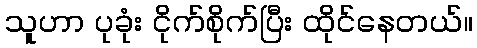
သူဟာ ပုခုံး ငိုက်စိုက်ပြီး ထိုင်နေတယ်။